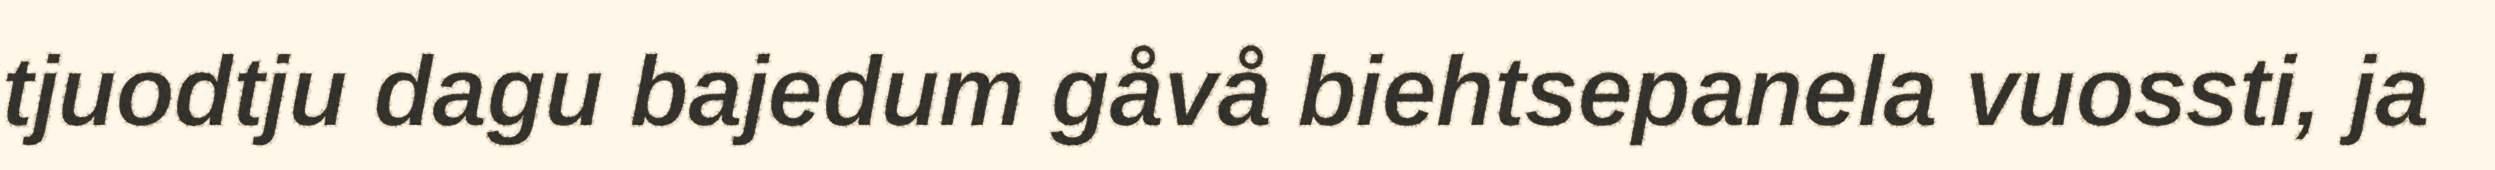
tjuodtju dagu bajedum gåvå biehtsepanela vuossti, ja